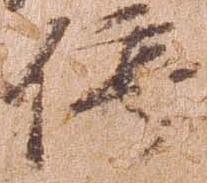
停